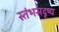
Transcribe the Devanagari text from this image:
स्तंभसदृष्य